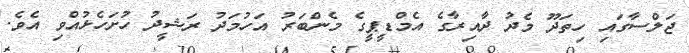
ޖަލްސާގައި ހިތަދޫ މެދު ދާއިރާގެ އެމްޑީޕީގެ މެންބަރު އަހުމަދު ރަޝީދު ހުށަހެޅުއްވި އެވެ.